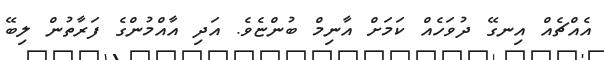
އެއްޗެއް އިނގޭ ދުވަހެއް ކަމަށް އާނިމް ބުންޏެވެ. އަދި އާއްމުންގެ ފަރާތުން ލިބޭ